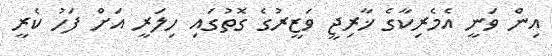
އިން ވަނީ އެމެރިކާގެ ޚާރިޖީ ވަޒީރުގެ ގޮތުގައި ހިލަރީ އަށް ފަހު ކެރީ